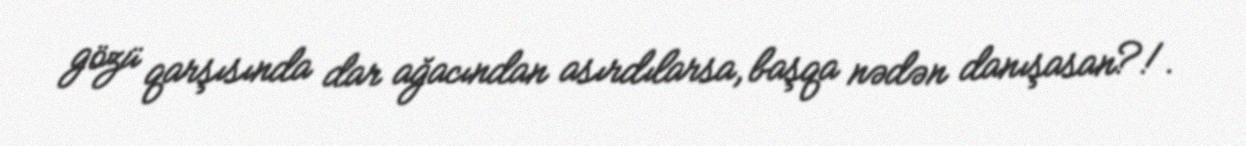
gözü qarşısında dar ağacından asırdılarsa, başqa nədən danışasan?!.